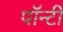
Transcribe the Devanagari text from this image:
पॉन्टी